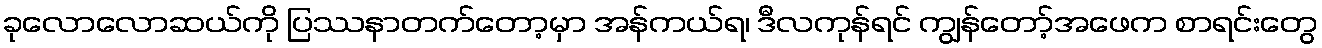
ခုလောလောဆယ်ကို ပြဿနာတက်တော့မှာ အန်ကယ်ရ၊ ဒီလကုန်ရင် ကျွန်တော့်အဖေက စာရင်းတွေ